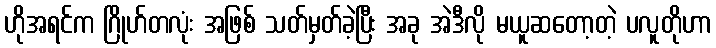
ဟိုအရင်က ဂြိုဟ်တလုံး အဖြစ် သတ်မှတ်ခဲ့ပြီး အခု အဲဒီလို မယူဆတော့တဲ့ ပလူတိုဟာ